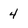
Character: 4